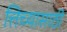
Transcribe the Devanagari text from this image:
त्तिच्यासाठी